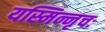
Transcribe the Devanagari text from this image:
यस्मिन्नृचः